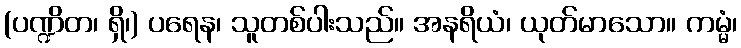
(ပဏ္ဍိတ၊ ရှိ၊) ပရေန၊ သူတစ်ပါးသည်။ အနရိယံ၊ ယုတ်မာသော။ ကမ္မံ၊